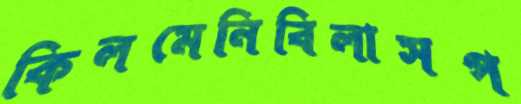
কিলমেনিবিলাসপ